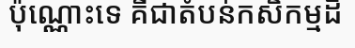
ប៉ុណ្ណោះទេ គឺជាតំបន់កសិកម្មដី